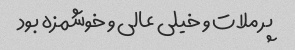
پر ملات و خیلی عالی و خوشمزه بود